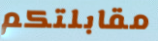
مقابلتكم